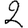
Digit: 2